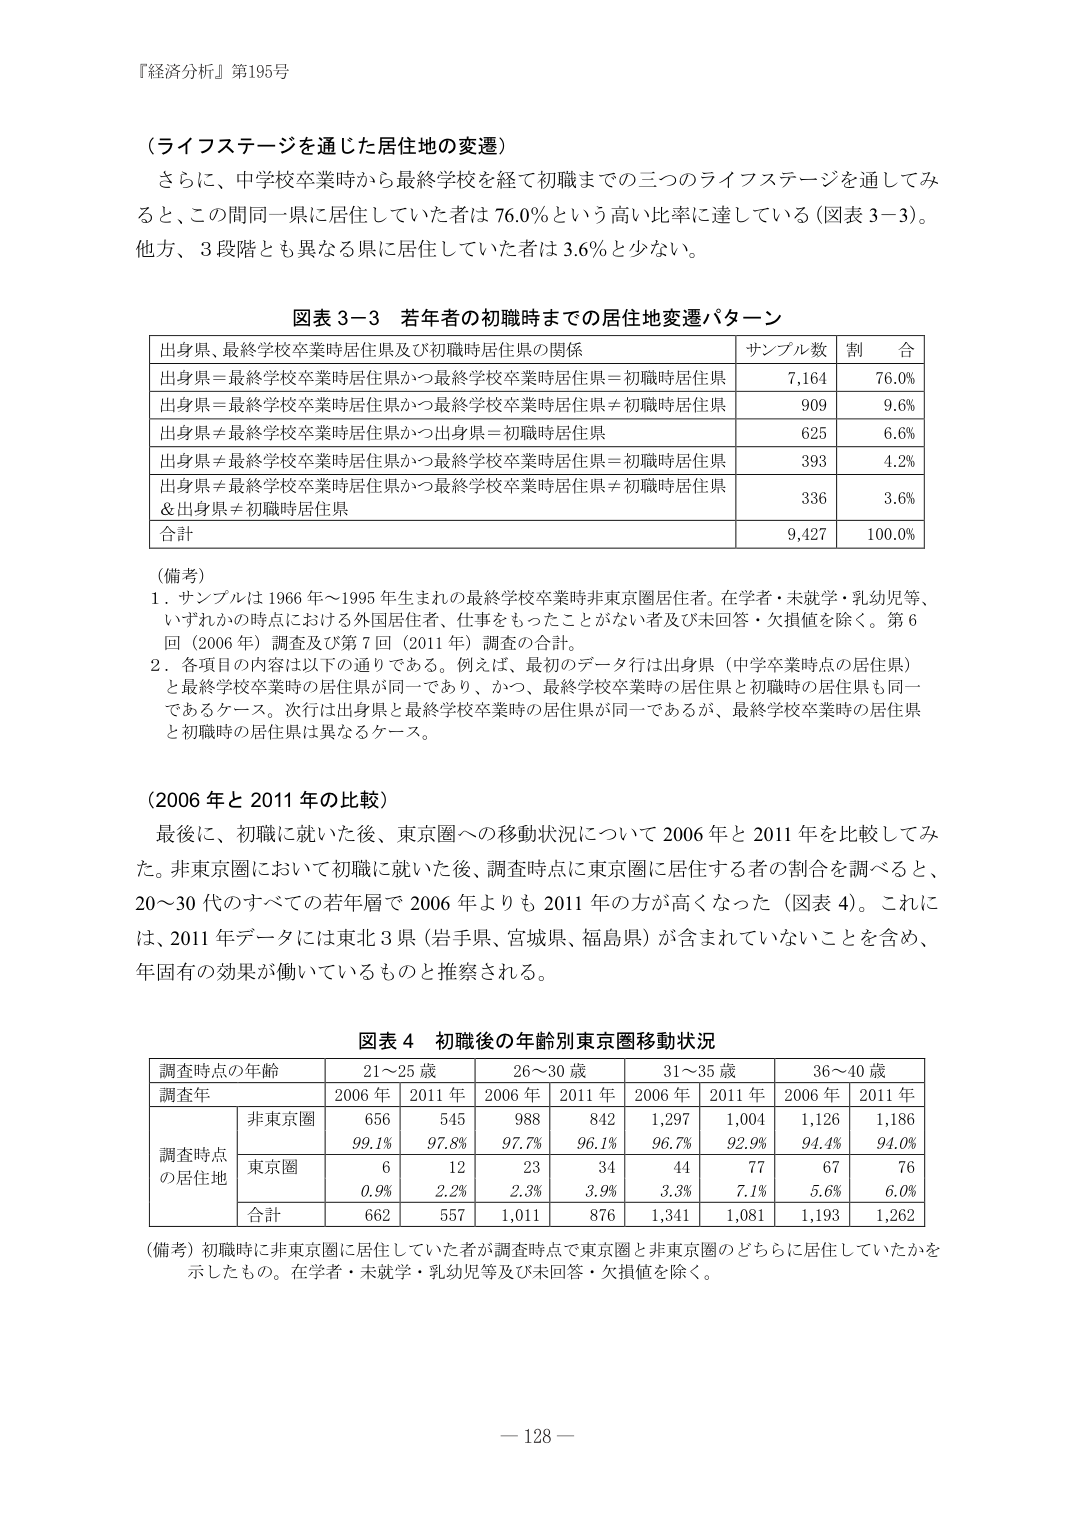
『経済分析』第195号

（ライフステージを通じた居住地の変遷）
さらに、中学校卒業時から最終学校を経て初職までの三つのライフステージを通じてみると、この間同一県に居住していた者は76.0％という高い比率に達している（図表3-3）。他方、3段階とも異なる県に居住していた者は3.6％と少ない。

図表3-3 若年者の初職時までの居住地変遷パターン
出身県、最終学校卒業時居住県及び初職時居住県の関係　サンプル数　割合
出身県＝最終学校卒業時居住県かつ最終学校卒業時居住県＝初職時居住県　7,164　76.0％
出身県＝最終学校卒業時居住県かつ最終学校卒業時居住県≠初職時居住県　909　9.6％
出身県≠最終学校卒業時居住県かつ出身県＝初職時居住県　625　6.6％
出身県≠最終学校卒業時居住県かつ最終学校卒業時居住県＝初職時居住県　393　4.2％
出身県≠最終学校卒業時居住県かつ最終学校卒業時居住県≠初職時居住県
＆出身県≠初職時居住県　336　3.6％
合計　9,427　100.0％

（備考）
1．サンプルは1966年～1995年生まれの最終学校卒業時非東京圏居住者。在学者・未就学・乳幼児等、いずれかの時点における外国居住者、仕事をもったことがない者及び未回答・欠損値を除く。第6回（2006年）調査及び第7回（2011年）調査の合計。
2．各項目の内容は以下の通りである。例えば、最初のデータ行は出身県（中学卒業時点の居住県）と最終学校卒業時の居住県が同一であり、かつ、最終学校卒業時の居住県と初職時の居住県も同一であるケース。次行は出身県と最終学校卒業時の居住県が同一であるが、最終学校卒業時の居住県と初職時の居住県は異なるケース。

（2006年と2011年の比較）
最後に、初職に就いた後、東京圏への移動状況について2006年と2011年を比較してみた。非東京圏において初職に就いた後、調査時点で東京圏に居住する者の割合を調べると、20～30代のすべての若年層で2006年よりも2011年の方が高くなった（図表4）。これには、2011年データには東北3県（岩手県、宮城県、福島県）が含まれていないことを含め、年固有的効果が働いているものと推察される。

図表4 初職後の年齢別東京圏移動状況
調査時点の年齢　21～25歳　26～30歳　31～35歳　36～40歳
調査年　2006年　2011年　2006年　2011年　2006年　2011年　2006年　2011年
調査時点の居住地　非東京圏　656　545　988　842　1,297　1,004　1,126　1,186
　　　　　　　　　　　　　99.1％　97.8％　97.7％　96.1％　96.7％　92.9％　94.4％　94.0％
　　　　　　　　　　　　　東京圏　6　12　23　34　44　77　67　76
　　　　　　　　　　　　　　0.9％　2.2％　2.3％　3.9％　3.3％　7.1％　5.6％　6.0％
　　　　　　　　　　　　　合計　662　557　1,011　876　1,341　1,081　1,193　1,262

（備考）初職時に非東京圏に居住していた者が調査時点で東京圏と非東京圏のどちらに居住していたかを示したもの。在学者・未就学・乳幼児等及び未回答・欠損値を除く。

－128－